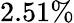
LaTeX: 2.51\%